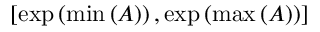
\left[ \exp \left( \operatorname* { m i n } \left( A \right) \right) , \exp \left( \operatorname* { m a x } \left( A \right) \right) \right]